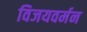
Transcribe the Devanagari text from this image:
विजयवर्मन